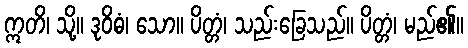
ဣတိ၊ သို့။ ဒုဝိဓံ၊ သော။ ပိတ္တံ၊ သည်းခြေသည်။ ပိတ္တံ၊ မည်၏။